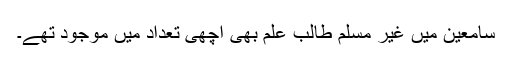
سامعین میں غیر مسلم طالب علم بھی اچھی تعداد میں موجود تھے۔